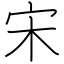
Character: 宋